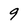
Character: 9